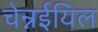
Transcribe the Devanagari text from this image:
चेन्नईयिल